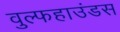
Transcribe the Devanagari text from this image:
वुल्फहाउंडस